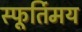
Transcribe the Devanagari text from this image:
स्फूर्तिमय